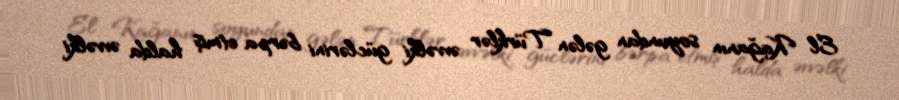
El Kağanın soyundan gələn Türklər əvvəlki güclərini bərpa etmiş halda əvvəlki